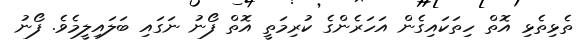
ތެޅިތެޅި އޮތް ހިތަކައިގެން އަހަރެންގެ ކުރިމަތީ އޮތް ފޯނު ނަގައި ބަލައިލީމެވެ. ފޯނު